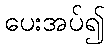
ပေးအပ်၍